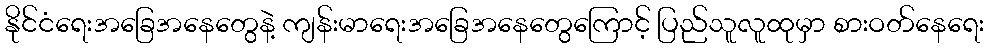
နိုင်ငံရေးအခြေအနေတွေနဲ့ ကျန်းမာရေးအခြေအနေတွေကြောင့် ပြည်သူလူထုမှာ စားဝတ်နေရေး